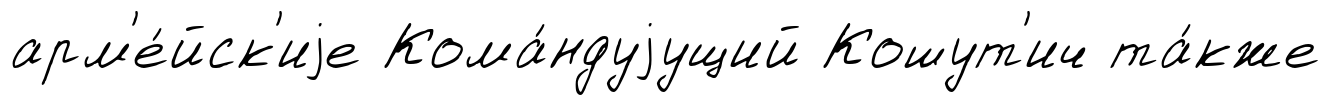
арм'е́йск'иjе Кома́ндуjущий Кошут'ич та́кже